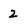
Character: 2